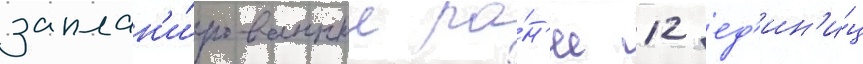
заплан'и́рованные ра́н'ее 12 ед'ин'и́ц